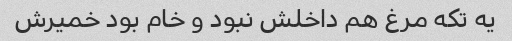
یه تکه مرغ هم داخلش نبود و خام بود خمیرش